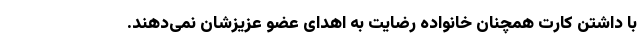
با داشتن کارت همچنان خانواده رضایت به اهدای عضو عزیزشان نمی‌دهند.